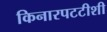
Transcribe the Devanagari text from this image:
किनारपटटीशी